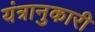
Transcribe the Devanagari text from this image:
यंत्रानुकारी